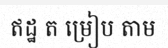
ឥដ្ឋ ត ម្រៀប តាម